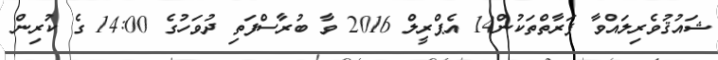
ޝައުޤުވެރިލައްވާ ފަރާތްތަކުން14 އެޕްރީލް 2016 ވާ ބުރާސްފަތި ދުވަހުގެ 14:00 ގެ ކުރިން